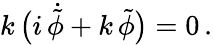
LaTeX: k\, \bigl(i\, \dot{\tilde{\phi}}+k\, \tilde{\phi}\bigr)=0\, .